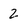
Character: 2